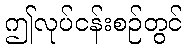
ဤလုပ်ငန်းစဉ်တွင်